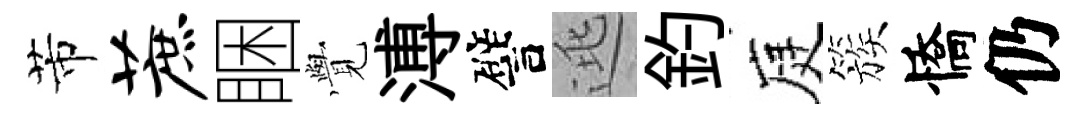
芾蔗睏𮗜溥譬逃釣庭簇憍仍